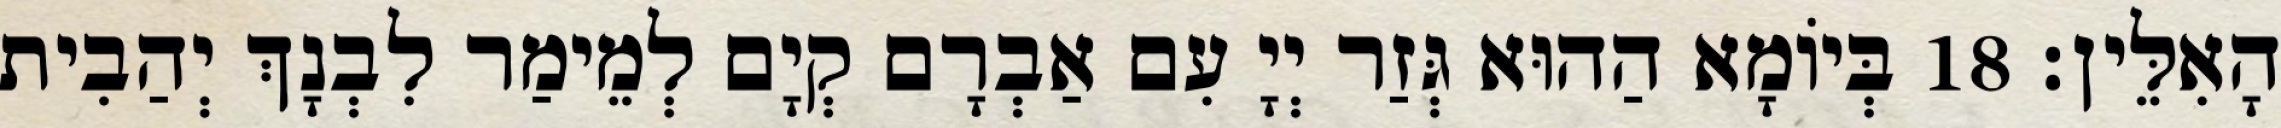
הָאִלֵּין׃ 18 בְּיוֹמָא הַהוּא גְּזַר יְיָ עִם אַבְרָם קְיָם לְמֵימַר לִבְנָךְ יְהַבִית